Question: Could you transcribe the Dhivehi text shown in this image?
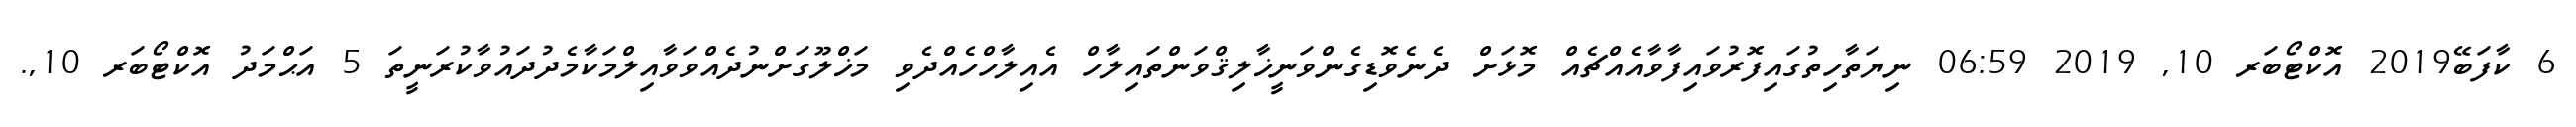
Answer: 6 ކާފަބޭ2019 އޮކްޓޯބަރ 10, 2019 06:59 ނިޔަތާހިތުގައިފޮރުވައިފާވާއެއްޗެއް މޮޅަށް ދެނެވޮޑިގެންވަނީޚާލިޤްވަންތައިލާހް އެއިލާހްހެއްދެވި މަޚްލޫގަށްނުދެއްވަވާއިލްމަކާމެދުދައުވާކުރަނީތަ 5 އަޙްމަދު އޮކްޓޯބަރ 10,.